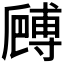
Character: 𠪻